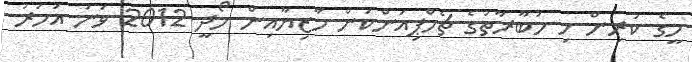
މީގެ ކުރިން މި މުބާރާތުގެ ޗެމްޕިއަންކަން މާޒިޔާއިން ހޯދީ 2012 ވަނަ އަހަރު